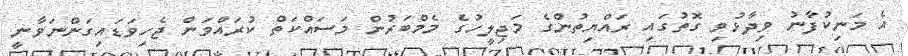
އެ މަނިކުފާނު ވިދާޅުވި ގޮތުގައި ރައްޔިތުންގެ މަޖިލީހުގެ މެމްބަރުން މަސައްކަތް ކުރައްވަން ޖެހިވަޑައިގަންނަވާނީ